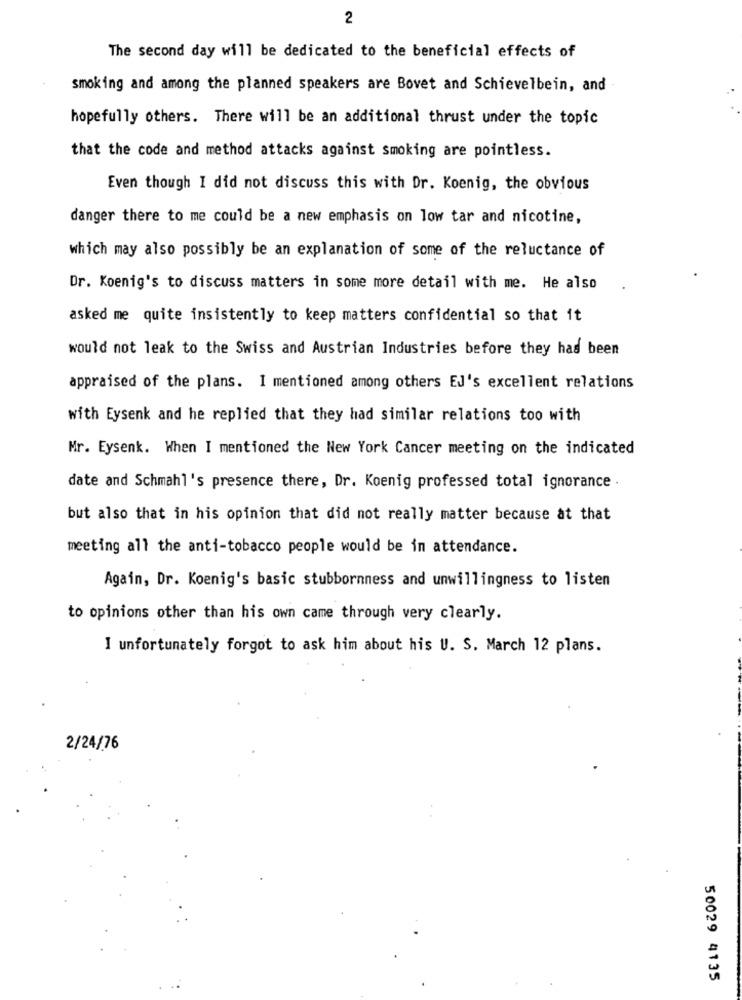
2
The second day will be dedicated to the beneficial effects of
smoking and among the planned speakers are Bovet and Schievelbein, and
hopefully others. There will be an additional thrust under the topic
that the code and method attacks against smoking are pointless.
Even though I did not discuss this with Dr. Koenig, the obvious
danger there to me could be a new emphasis on low tar and nicotine,
which may also possibly be an explanation of some of the reluctance of
Dr. Koenig's to discuss matters in some more detail with me. He also
asked me quite insistently to keep matters confidential so that it
would not leak to the Swiss and Austrian Industries before they has been
appraised of the plans. I mentioned among others Ed's excellent relations
with Eysenk and he replied that they had similar relations too with
Mr. Eysenk. When I mentioned the New York Cancer meeting on the indicated
date and Schmahl's presence there, Dr. Koenig professed total ignorance .
but also that in his opinion that did not really matter because at that
meeting all the anti-tobacco people would be in attendance.
Again, Dr. Koenig's basic stubbornness and unwillingness to listen
to opinions other than his own came through very clearly.
I unfortunately forgot to ask him about his U. S. March 12 plans.
2/24/76
50029 4135